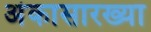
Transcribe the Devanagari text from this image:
अंकासारख्या